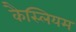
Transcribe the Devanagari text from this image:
कैस्लियम